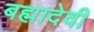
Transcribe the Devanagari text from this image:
बह्मादेवी